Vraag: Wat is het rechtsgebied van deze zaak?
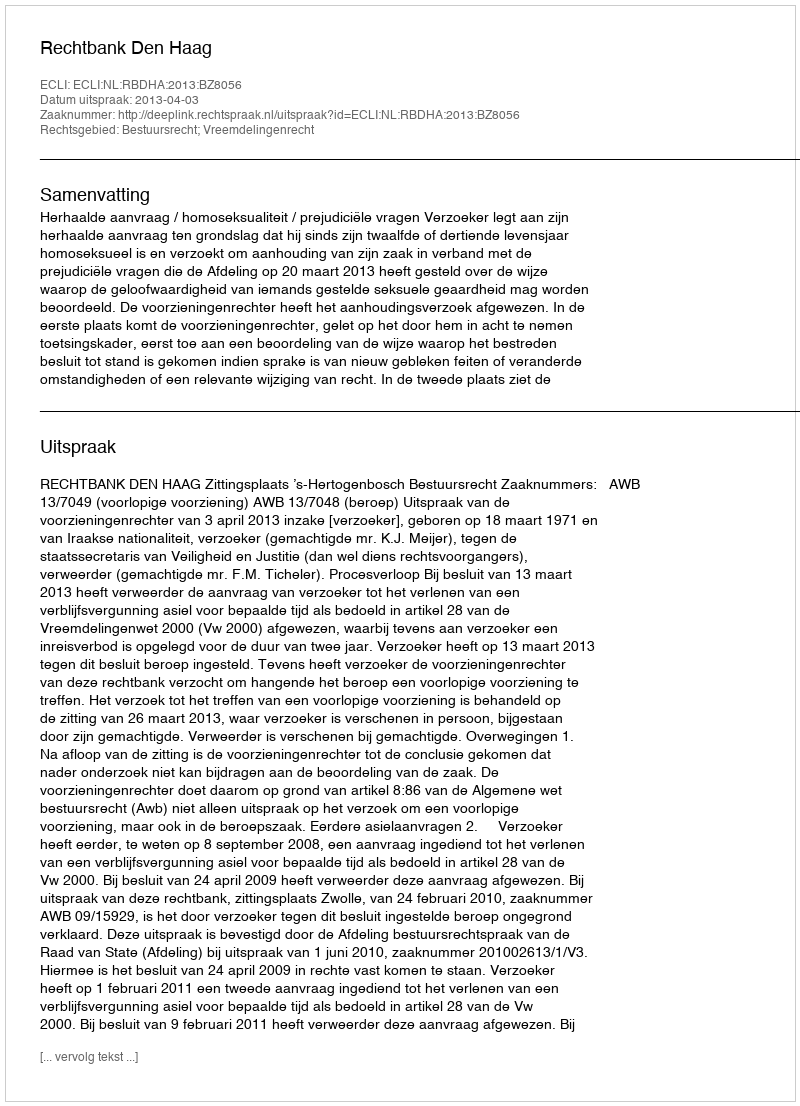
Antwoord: Bestuursrecht; Vreemdelingenrecht